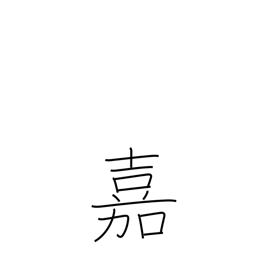
Meaning: esteem